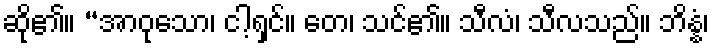
ဆို၏။ “အာဝုသော၊ ငါ့ရှင်။ တေ၊ သင်၏။ သီလံ၊ သီလသည်။ ဘိန္နံ၊